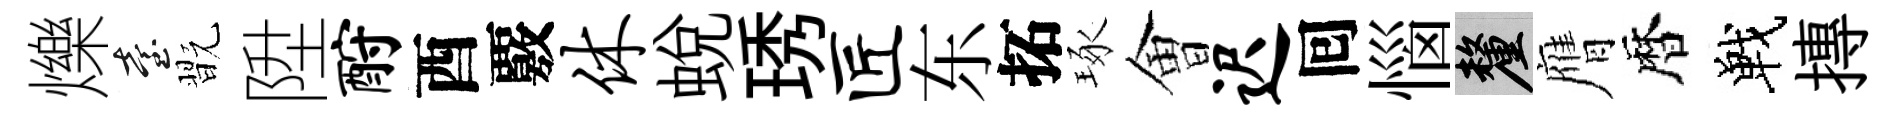
爍臺翫陞酹酉覈休蜕琇匠东拓琢㑹迟囘惱厘膺暦戰摶